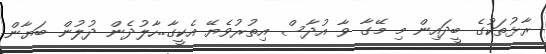
ރާޅުތަކުގެ ބީދައިން މި މޭގާ ވާ އުދާސް އިތުރުވެޔޭ އެކީގާ..ހާލުދެން ދުލުން ބަޔާން